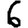
Digit: 6